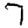
Digit: 7